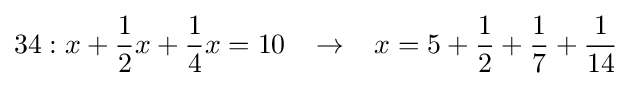
34:x+{\frac {1}{2}}x+{\frac {1}{4}}x=10\;\;\;\rightarrow \;\;\;x=5+{\frac {1}{2}}+{\frac {1}{7}}+{\frac {1}{14}}